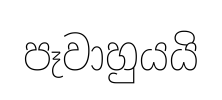
පෑවාහුයයි